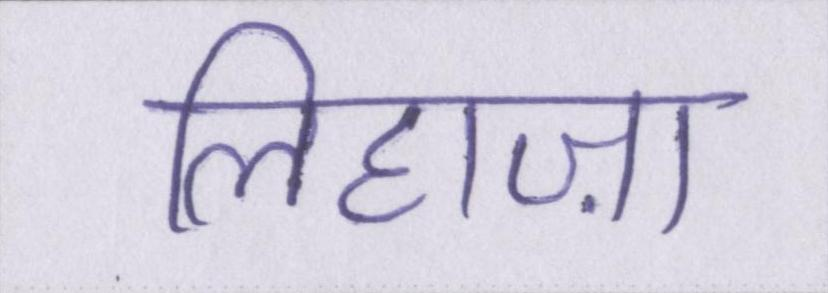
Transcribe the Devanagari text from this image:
लिहाज़ा